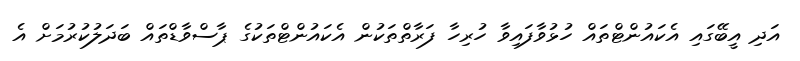
އަދި އީބޭގައި އެކައުންޓްތައް ހުޅުވާފައިވާ ހުރިހާ ފަރާތްތަކުން އެކައުންޓްތަކުގެ ޕާސްވާޑްތައް ބަދަލުކުރުމަށް އެ